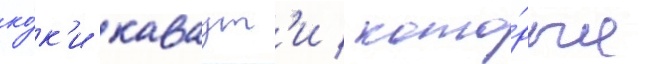
ко́к'и каваут'и / кото́рые